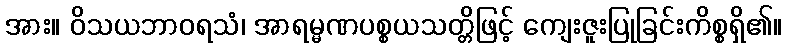
အား။ ဝိသယဘာဝရသံ၊ အာရမ္မဏပစ္စယသတ္တိဖြင့် ကျေးဇူးပြုခြင်းကိစ္စရှိ၏။